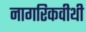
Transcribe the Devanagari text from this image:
नागरिकवीथी